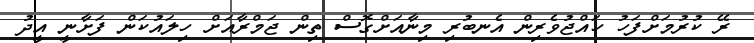
ރޭ ކުރުމަށްފަހު ހައްޖުވެރިން އެނބުރި މިނާއަށްގޮސް ތިން ޖަމްރާއަށް ހިލައުކަން ފަށާނީ އީދު